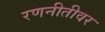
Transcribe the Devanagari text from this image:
रणनीतीवर